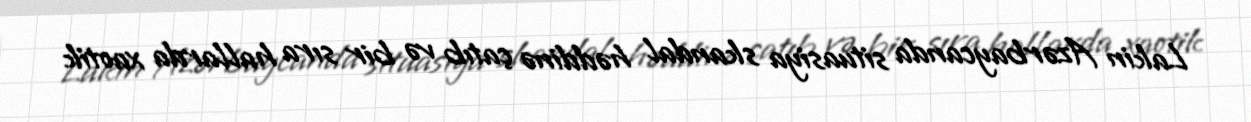
Lakin Azərbaycanda situasiya skandal həddinə çatıb və bir sıra hallarda xaotik